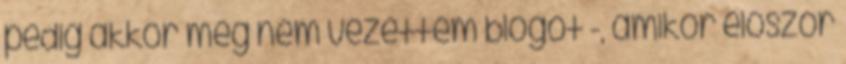
pedig akkor még nem vezettem blogot -, amikor először